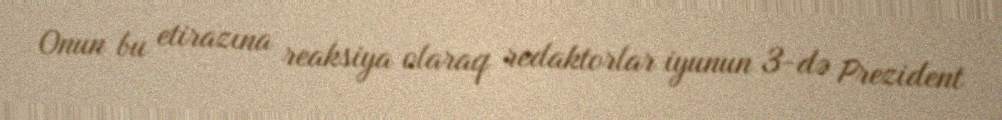
Onun bu etirazına reaksiya olaraq redaktorlar iyunun 3-də Prezident